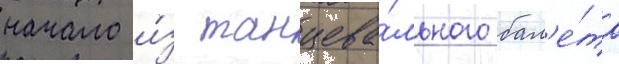
начало и́з танцева́льного бал'е́та